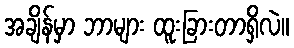
အချိန်မှာ ဘာများ ထူးခြားတာရှိလဲ။